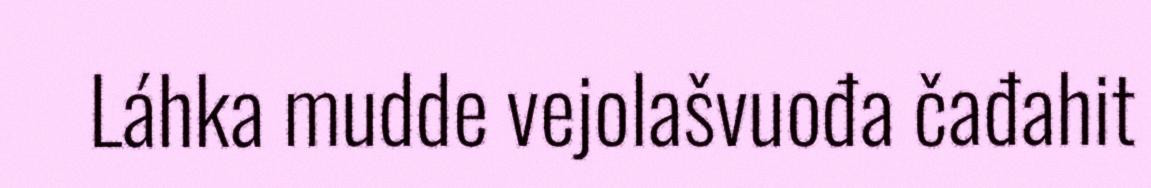
Láhka mudde vejolašvuođa čađahit